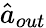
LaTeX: \hat{a}_{out}